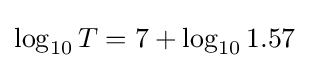
\log _{10}T=7+\log _{10}1.57